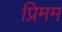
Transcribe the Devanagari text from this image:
प्रिमम